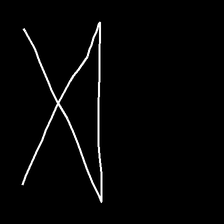
Glyph: collection